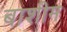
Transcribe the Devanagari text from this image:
बाशीम